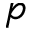
p